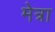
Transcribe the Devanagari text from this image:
मेत्रा